Vaccination in Bombay 1863-1868 - 1863-1868
Year: 1863
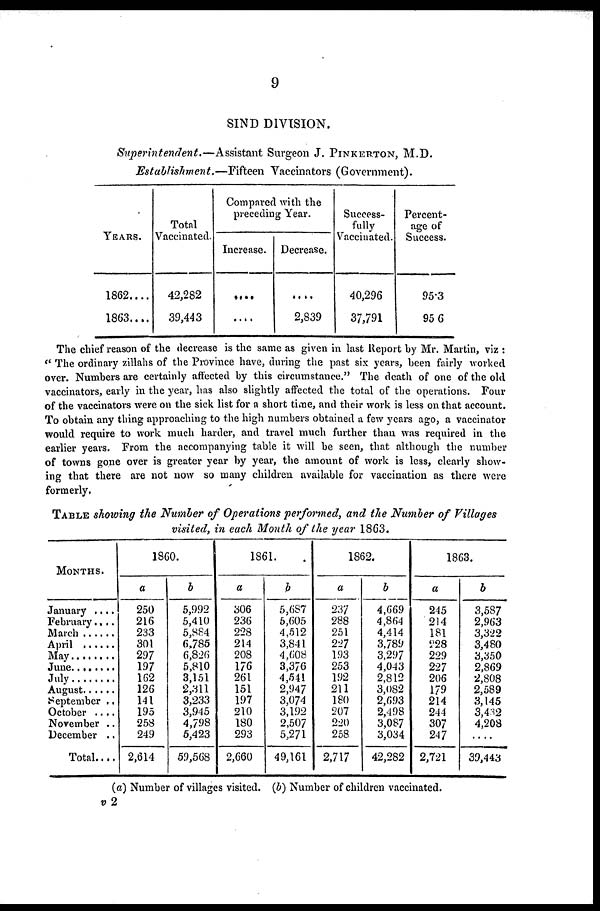
9
SIND DIVISION.
Superintendent.—Assistant
Surgeon J. PINKERTON, M.D.
Establishment.—Fifteen
"Vaccinators (Government).
YEARS.
1862....
1863....
Total
Vaccinated.
42,282
39,443
Compared with the
preceding Year.
Increase.
....
....
Decrease.
....
2,839
Success-
fully
Vaccinated.
40,296
37,791
Percent-
age of
Success.
95.3
95.6
The chief reason of the decrease is the same as given in last Report by Mr. Martin, viz :
" The ordinary zillahs of the Province have, during the past six years, been fairly worked
over. Numbers are certainly affected by this circumstance." The death of one of the old
vaccinators, early in the year, has also slightly affected the total of the operations. Four
of the vaccinators were on the sick list for a short time, and their work is less on that account.
To obtain any thing approaching to the high numbers obtained a few years ago, a vaccinator
would require to work much harder, and travel much further than was required in the
earlier years. From the accompanying table it will be seen, that although the number
of towns gone over is greater year by year, the amount of work is less, clearly show-
ing that there are not now so many children available for vaccination as there were
formerly.
TABLE showing the Number of Operations performed, and the Number of Villages
visited, in each Month of the year 1863.
MONTHS.
January ....
February....
March
April
May
June
July
August
September ..
October ....
November ..
December ..
Total....
1860.
a
250
216
233
301
297
197
162
126
141
195
258
249
2,614
b
5,992
5,410
5,884
6,785
6,826
5,810
3,151
2,311
3,233
3,945
4,798
5,423
59,568
1861.
a
306
236
228
214
208
176
261
151
197
210
180
293
2,660
b
5,687
5,605
4,512
3,841
4,608
3,376
4,541
2,947
3,074
3,192
2,507
5,271
49,161
1862.
a
237
288
251
227
193
253
192
211
180
207
220
258
2,717
b
4,669
4,864
4,414
3,789
3,297
4,043
2,812
3,082
2,693
2,498
3,087
3,034
42,282
1863.
a
245
214
181
228
229
227
206
179
214
244
307
247
2,721
b
3,587
2,963
3,322
3,480
3,350
2,869
2,808
2,589
3,145
3,432
4,208
....
39,443
(a) Number of villages visited. (b) Number of children vaccinated.
v 2